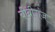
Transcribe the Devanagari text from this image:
बीबीगंज